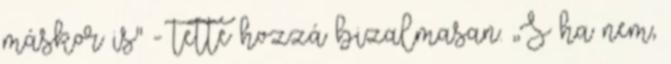
máskor is" - tette hozzá bizalmasan. ,,S ha nem,